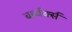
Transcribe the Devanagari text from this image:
बर्थ्वर्क्स